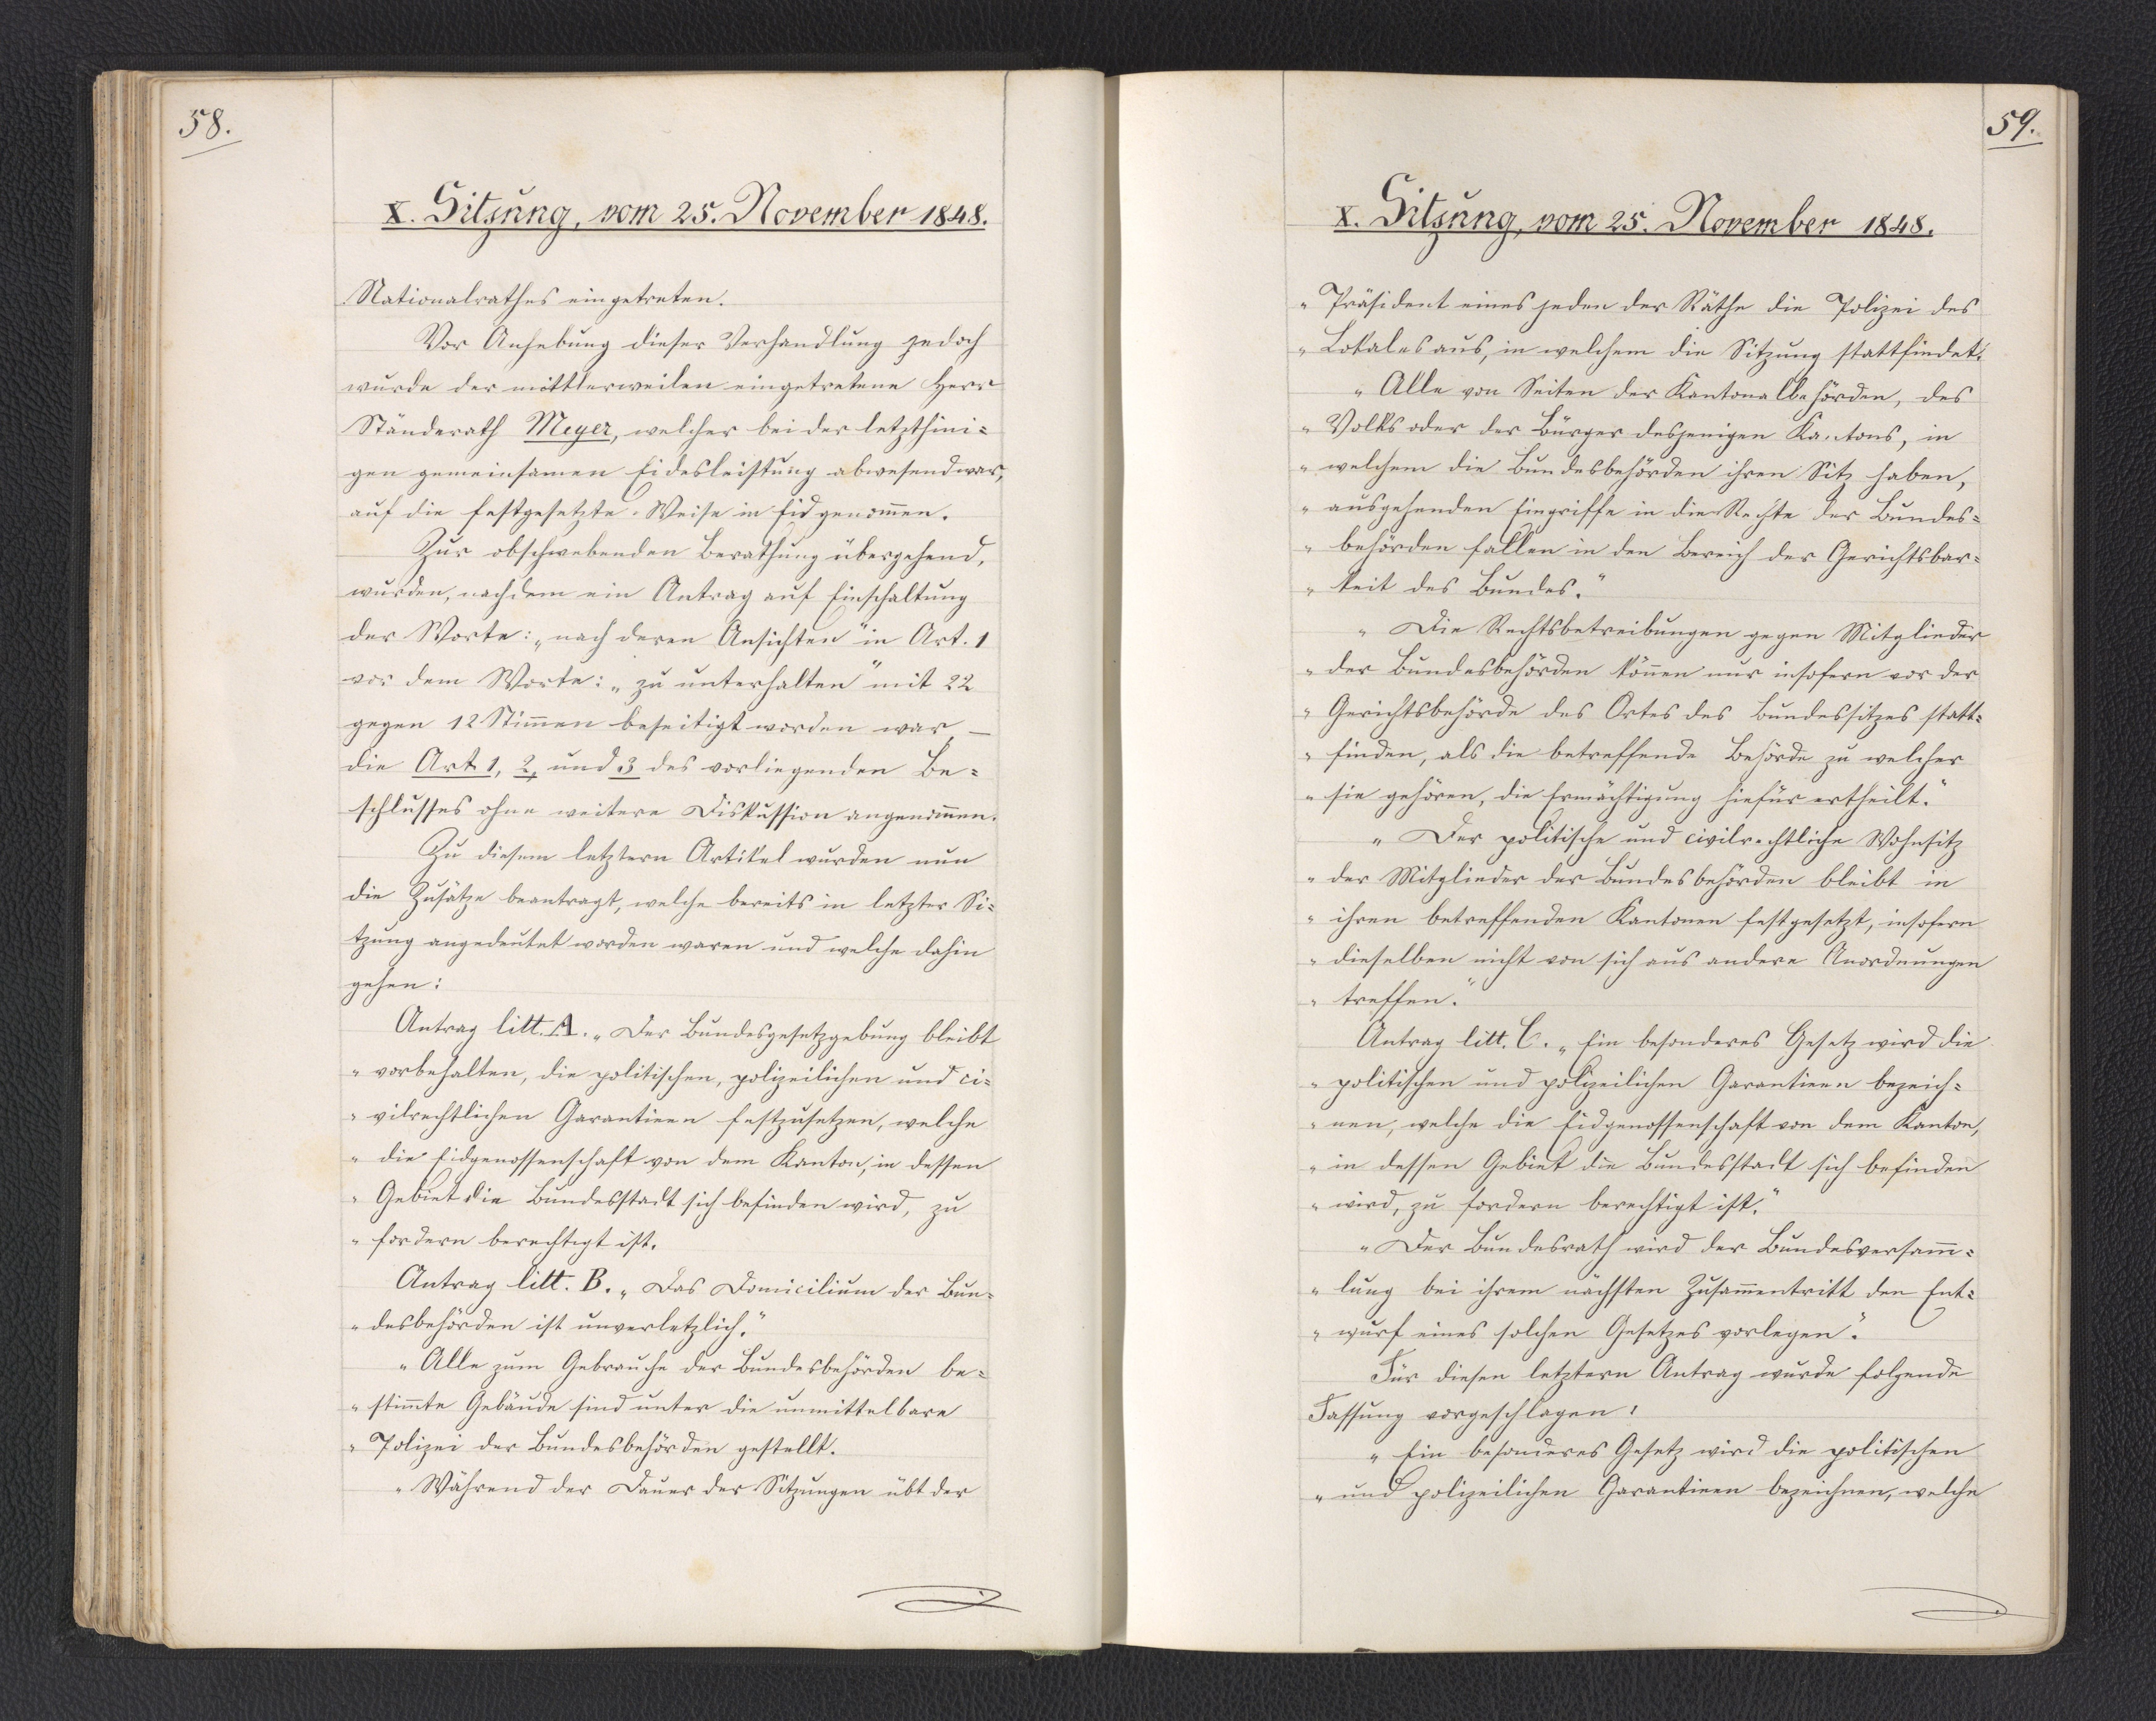
58.

X. Sitzung, vom 25. November 1848.

Nationalrathes eingetreten.
Vor Anhebung dieser Verhandlung jedoch
wurde der mittlerweilen eingetretene Herr
Ständerath Meyer, welcher bei der letzthini¬
gen gemeinsamen Eidesleistung abwesend war,
auf die festgesetzte Weise in Eid genommen.
Zur obschwebenden Berathung übergehend,
wurden, nachdem ein Antrag auf Einschaltung
der Worte: "nach deren Ansichten" in Art. 1
vor dem Worte: "zu unterhalten" mit 22
gegen 12 Stimmen beseitigt worden war, -
die Art. 1, 2, und 3 des vorliegenden Be¬
schlusses ohne weitere Diskussion angenommen.
Zu diesem letztern Artikel wurden nun
die Zusätze beantragt, welche bereits in letzter Si¬
tzung angedeutet worden waren und welche dahin
gehen:
Antrag litt. A. "Der Bundesgesetzgebung bleibt
vorbehalten, die politischen, polizeilichen und ci¬
vilrechtlichen Garantieen festzusetzen, welche
die Eidgenossenschaft von dem Kanton, in dessen
Gebiet die Bundesstadt sich befinden wird, zu
fordern berechtigt ist.
Antrag litt. B. "Das Domicilium der Bun¬
desbehörden ist unverletzlich."
"Alle zum Gebrauche der Bundesbehörden be¬
stimmte Gebäude sind unter die unmittelbare
Polizei der Bundesbehörden gestellt.
Während der Dauer der Sitzungen übt der

59.

X. Sitzung, vom 25. November 1848.

Präsident eines jeden der Räthe die Polizei des
Lokales aus, in welchem die Sitzung stattfindet.
Alle von Seiten der Kantonalbehörden, des
Volks oder der Bürger desjenigen Kantons, in
welchem die Bundesbehörden ihren Sitz haben,
ausgehenden Eingriffe in die Rechte der Bundes¬
behörden fallen in den Bereich der Gerichtsbar¬
keit des Bundes.
Die Rechtsbetreibungen gegen Mitglieder
der Bundesbehörden können nur insofern vor der
Gerichtsbehörde des Ortes des Bundessitzes statt¬
finden, als die betreffende Behörde zu welcher
sie gehören, die Ermächtigung hiefür ertheilt.
Der politische und civilrechtliche Wohnsitz
der Mitglieder der Bundesbehörden bleibt in
ihren betreffenden Kantonen festgesetzt, insofern
dieselben nicht von sich aus andere Anordnungen,
treffen."
Antrag litt. C. "Ein besonderes Gesetz wird die
politischen und polizeilichen Garantieen bezeich¬
nen, welche die Eidgenossenschaft von dem Kanton,
in dessen Gebiet die Bundesstadt sich befinden
wird, zu fordern berechtigt ist.
Der Bundesrath wird der Bundesversamm¬
lung bei ihrem nächsten Zusammentritt den Ent¬
wurf eines solchen Gesetzes vorlegen."
Für diesen letztern Antrag wurde folgende
Fassung vorgeschlagen:
"Ein besonderes Gesetz wird die politischen
und polizeilichen Garantieen bezeichnen, welche